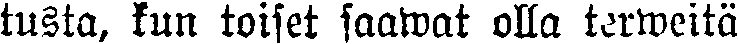
tusta, kun toiset saawat olla terweitä